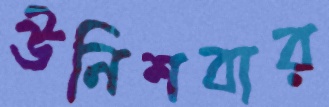
উনিশবার